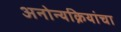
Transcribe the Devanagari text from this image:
अनोन्यक्रियांचा